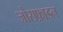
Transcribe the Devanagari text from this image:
जोसफ़ाइन